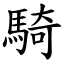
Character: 騎